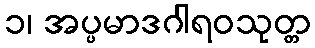
၁၊ အပ္ပမာဒဂါရဝသုတ္တ